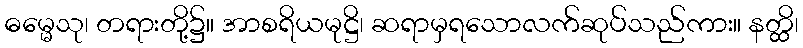
ဓမ္မေသု၊ တရားတို့၌။ အာစရိယမုဋ္ဌိ၊ ဆရာမှရသောလက်ဆုပ်သည်ကား။ နတ္ထိ၊